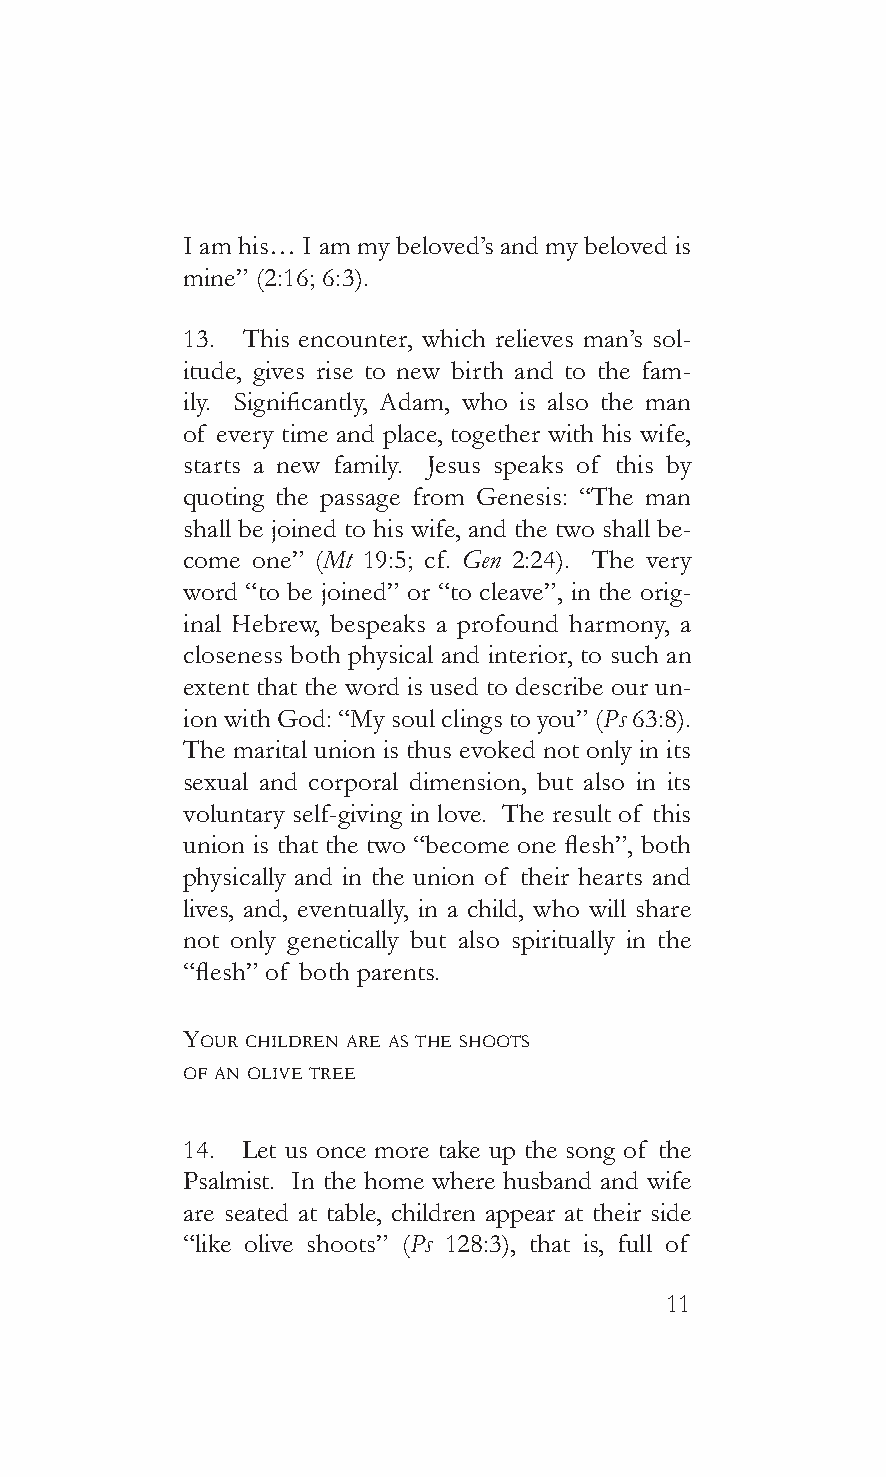
I am his… I am my beloved’s and my beloved is
 mine” (2:16; 6:3).
 13. This encounter, which relieves man’s sol-
 itude, gives rise to new birth and to the fam-
 ily. Significantly, Adam, who is also the man
 of every time and place, together with his wife,
 starts a new family. Jesus speaks of this by
 quoting the passage from Genesis: “The man
 shall be joined to his wife, and the two shall be-
 come one” (Mt 19:5; cf. Gen 2:24). The very
 word “to be joined” or “to cleave”, in the orig-
 inal Hebrew, bespeaks a profound harmony, a
 closeness both physical and interior, to such an
 extent that the word is used to describe our un-
 ion with God: “My soul clings to you” (Ps 63:8).
 The marital union is thus evoked not only in its
 sexual and corporal dimension, but also in its
 voluntary self-giving in love. The result of this
 union is that the two “become one flesh”, both
 physically and in the union of their hearts and
 lives, and, eventually, in a child, who will share
 not only genetically but also spiritually in the
 “flesh” of both parents.
 your chiLdren are as The shooTs
 of an oLive Tree
 14. Let us once more take up the song of the
 Psalmist. In the home where husband and wife
 are seated at table, children appear at their side
 “like olive shoots” (Ps 128:3), that is, full of
 11